Papers set at the Examination for Leaving Certificates, 1890
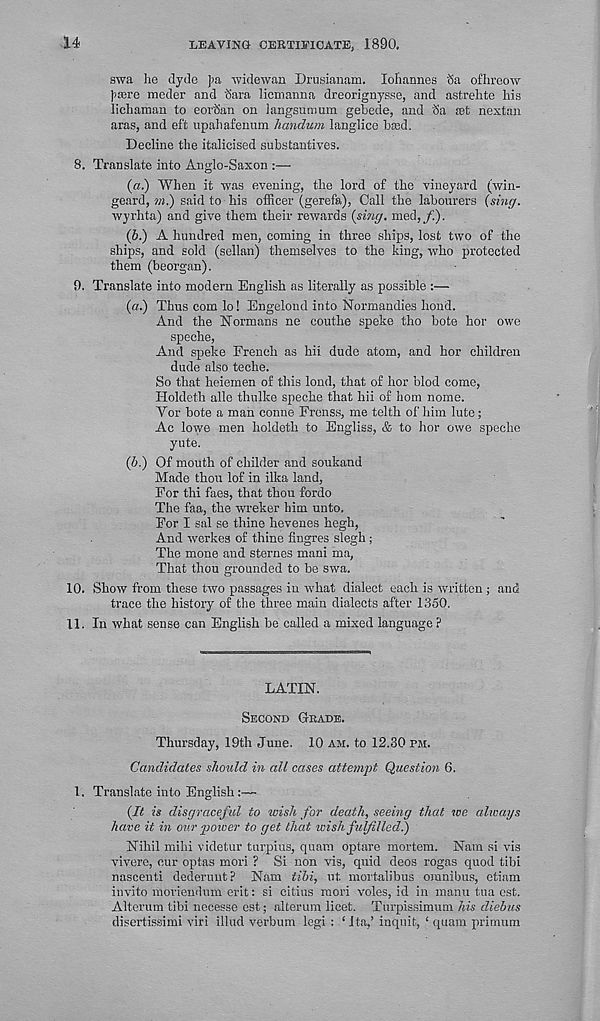
LEAVING CERTIFICATE, 1890.
14
swa he djde ])a -syidewan Drusianam. Johannes
ofhreow
Jiasre meder and Sara licmanna dreorignysse, and astrehte his
lichaman to eovSan on iangsun)um gebede, and Sa set nextan
aras, and eft upahafenum handum langlice bmd.
Decline the italicised substantives.
8. Translate into Anglo-Saxon :—
(«.) When it was evening, the lord of the vineyard (win-
geard, M.) said to his officer (gerefa), Call the labourers (sing.
wyrhta) and give them their rewards (sing. med,/.).
(b.) A hundred men, coming in three ships, lost two of the
ships, and sold (sellan) themselves to the king, who protected
them (beorgan).
9. Translate into modern English as literally as possible :—
(a.) Thus com lo! Engelond into Normandies bond.
And the Normans ne couthe speke tho bote hor owe
speche,
And speke French as hii dude atom, and hor children
dude also teche.
So that heiemen of this loud, that of hor blod come,
Holdeth alle thulke speche that hii of hom nome.
Vor bote a man conne Fronss, me telth of him lute;
Ac lowe men holdeth to Engliss, & to hor owe speche
yute.
(b.) Of mouth of childer and soukand
Made thou lof in ilka land,
For thi faes, that thou fordo
The faa, the wreker him unto.
For I sal se thine hevenes hegh,
And werkes of thine fingres slegh ;
The mone and sternes mani ma,
That thou grounded to be swa.
10. Show from these two passages in what dialect each is written ; and
trace the history of the three main dialects after 1350.
11. In what sense can English be called a mixed language ?
LATIN.
SECOND GRADE.
Thursday, 19th June. 10 AM. to 12.30 DM.
Candidates should in all cases attempt Question 6.
1. Translate into English :—
(It is disgraceful to wish for death, seeing that we always
have it in our power to get that wish fulfilled.)
Nihil mihi videtur turpius, quatn optare mortem. Nam si vis
vivere, cur optas mori ? Si non vis, quid deos rogas quod tibi
nascenti dederuut? Nam tibi, ut. mortalibus omnibus, etiam
invito moriendum erit: si citius mori voles, id in manu tua cst.
Alterum tibi necesse est; alterum licet. Turpissimum his diebus
disertissimi viri illud verbum legi : ‘Ita,’ inquit, ‘ quam primum